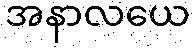
အနာလယေ